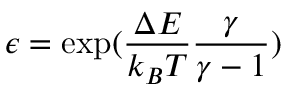
\epsilon = \exp ( \frac { \Delta E } { k _ { B } T } \frac { \gamma } { \gamma - 1 } )